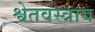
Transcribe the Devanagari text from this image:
श्वेतवस्त्राय